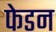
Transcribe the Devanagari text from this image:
फेडन